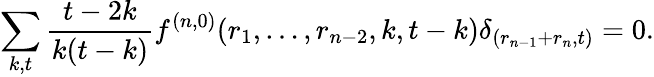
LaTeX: \sum_{k,t}\frac{t-2k}{k(t-k)}f^{(n,0)}(r_{1},\dots,r_{n-2},k,t-k)\delta_{(r_{n-1}+r_{n},t)}=0.